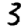
Digit: 3